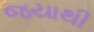
જયાથી